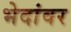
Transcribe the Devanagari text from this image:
भेदांवर